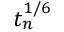
t _ { n } ^ { 1 / 6 }